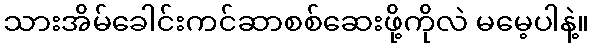
သားအိမ်ခေါင်းကင်ဆာစစ်ဆေးဖို့ကိုလဲ မမေ့ပါနဲ့။